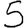
Digit: 5